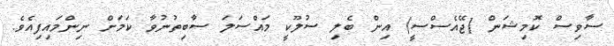
ސާވިސް ކޮމިޝަން (ޖޭއެސްސީ) އިން ބެލި ސުލޫކީ މައްސަލަ ސާބިތުނުވާ ކަމަށް ނިންމައިފިއެވެ.